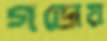
গডোয়